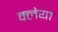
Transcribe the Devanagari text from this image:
क्लेया